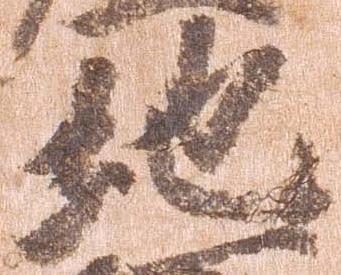
地